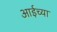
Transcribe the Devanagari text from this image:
आईच्‍या